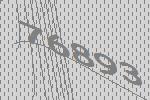
76893